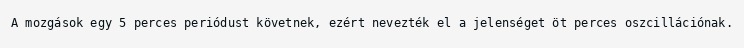
A mozgások egy 5 perces periódust követnek, ezért nevezték el a jelenséget öt perces oszcillációnak.